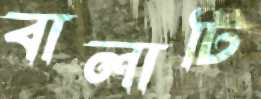
বালাটি